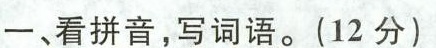
一、看拼音，写词语。(12分)